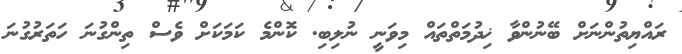
ރައްޔިތުންނަށް ބޭނުންވާ ޚިދުމަތްތައް މިވަނީ ނުލިބި. ކޮންމެ ކަމަކަށް ވެސް ތިންގުނަ ހަތަރުގުނަ